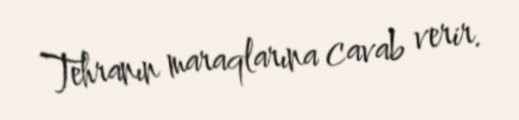
Tehranın maraqlarına cavab verir.